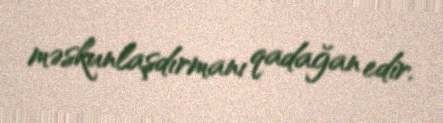
məskunlaşdırmanı qadağan edir.